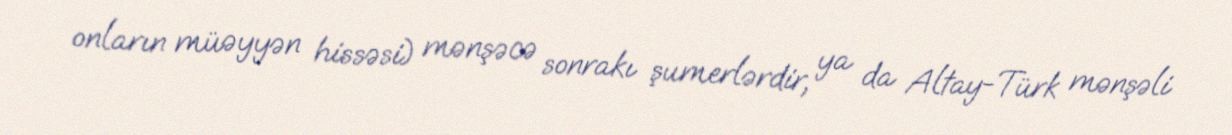
onların müəyyən hissəsi) mənşəcə sonrakı şumerlərdir, ya da Altay-Türk mənşəli